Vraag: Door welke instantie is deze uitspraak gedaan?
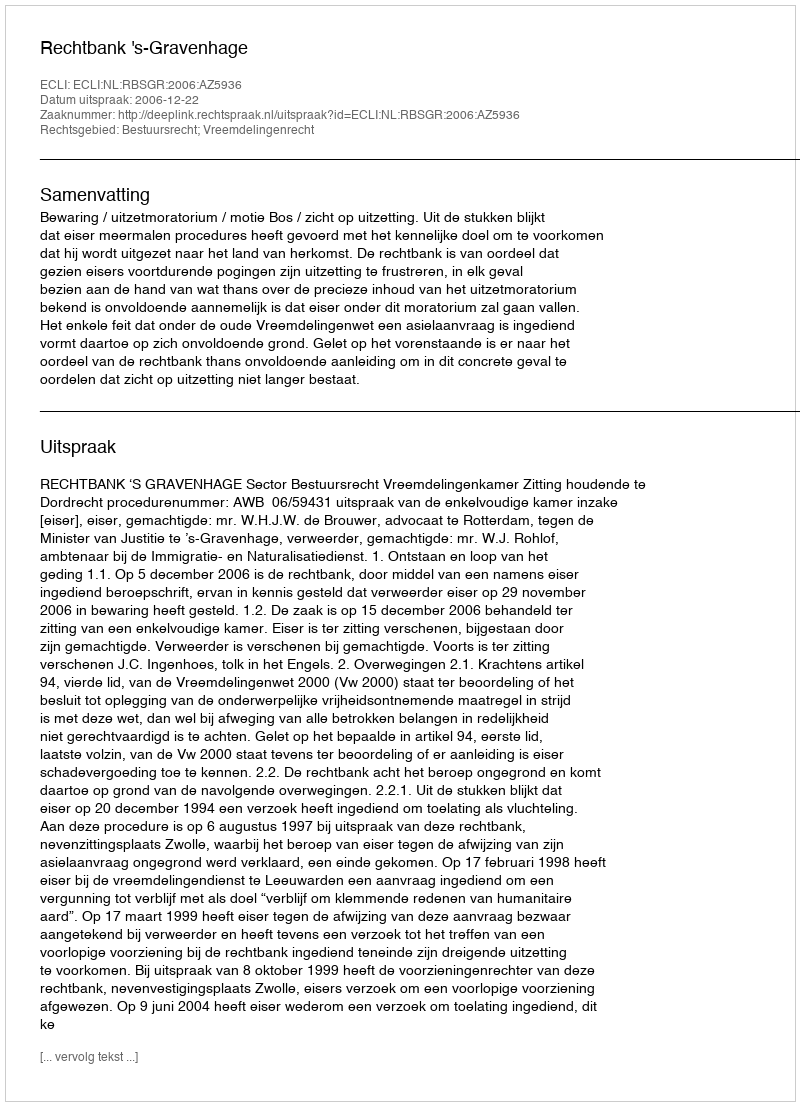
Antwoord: Rechtbank 's-Gravenhage